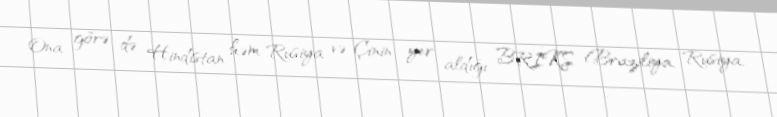
Ona görə də Hindistan həm Rusiya və Çinin yer aldığı BRİKS (Braziliya, Rusiya,